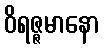
ဝိရဇ္ဇမာနော